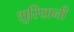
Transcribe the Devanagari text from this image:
शुरियानी